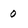
Character: o